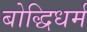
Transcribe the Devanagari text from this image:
बोद्धिधर्म